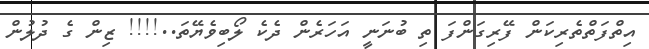
އިތްފަތްތެރިކަން ފޭރިގަންފަ ތި ބުނަނީ އަހަރެން ދެކެ ލޯބިވެޔޭތަ..!!!! ޒިން ގެ ދުލުން